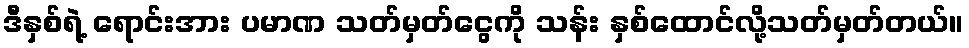
ဒီနှစ်ရဲ့ ရောင်းအား ပမာဏ သတ်မှတ်ငွေကို သန်း နှစ်ထောင်လို့သတ်မှတ်တယ်။